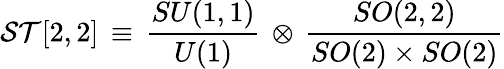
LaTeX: {\cal ST}[2,2]\, \equiv\, \frac{SU(1,1)}{U(1)}\, \otimes\, \frac{SO(2,2)}{SO(2)\times SO(2)}